Vaccination North-Western Provinces 1866-1877 - 1866-1877
Year: 1866
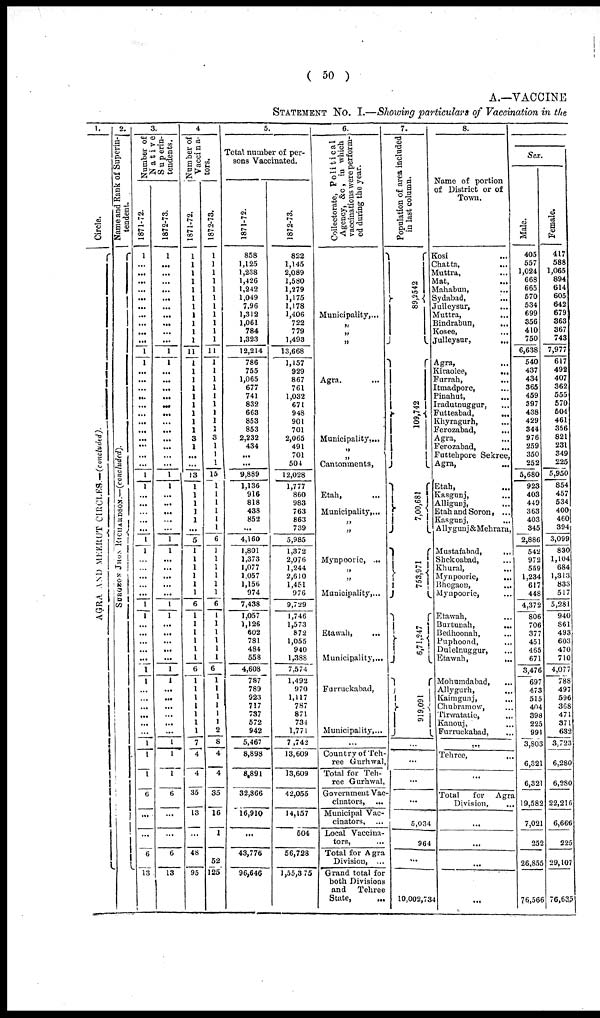
( 50 )
A.—VACCINE
STATEMENT No. I.—Showing particulars of Vaccination in the
1.
Circle.
AGRA AND MEERUT CIRCLES.—(concluded).
2.
Name and Rank of Superin-
tendent.
SURGEON JHON RICHARDSON.—(concluded).
3.
Number of
Native
Superin¬
tendents.
1871-72.
1
...
...
...
...
...
...
...
...
...
...
1
1
...
...
...
...
...
...
...
...
...
...
...
...
1
1
...
...
...
...
1
1
...
...
...
...
1
1
...
...
...
...
...
1
1
...
...
...
...
...
...
1
1
1
6
...
...
6
13
1872-73.
1
...
...
...
...
...
... ...
...
...
...
1
1
...
...
...
...
...
...
...
...
...
...
...
1
1
...
...
...
...
...
1
1
...
...
...
...
...
1
1
...
...
...
...
...
1
1
...
...
...
...
...
...
1
1
1
6
...
...
6
13
4.
Number of
Vaccina¬
tors.
1871-72.
1
1
1
1
1
1
1
1
1
1
1
11
1
1
1
1
1
1
1
1
1
3
1
...
...
13
1
1
1
1
1
...
5
1
1
1
1
1
1
6
1
1
1
1
1
1
6
1
1
1
1
1
1
1
7
4
4
35
13
...
48
95
1872-73.
1
1
1
1
1
1
1
1
1
1
1
11
1
1
1
1
1
1
1
1
1
3
1
1
1
15
1
1
1
1
1
1
6
1
1
1
1
1
1
6
1
1
1
1
1
1
6
1
1
1
1
1
1
2
8
4
4
35
16
1
52
125
5.
Total number of per-
sons Vaccinated.
1871-72.
858
1,125
1,238
1,426
1,242
1,049
796
1,312
1,061
784
1,323
12,214
786
755
1,065
677
741
832
663
853
853
2,232
434
...
...
9,889
1,136
916
818
438
852
...
4,160
1,801
1,373
1,077
1,057
1,156
974
7,438
1,057
1,126
602
781
484
558
4,608
787
789
923
717
737
572
942
5,467
8,898
8,891
32,866
16,910
...
43,776
96,646
1872-73.
822
1,145
2,089
1,580
1,279
1,175
1,178
1,406
722
779
1,493
13,668
1,157
929
867
761
1,032
671
948
901
701
2,065
491
701
504
12,028
1,777
860
983
763
863
739
5,985
1,372
2,076
1,244
2,610
1,451
976
9,729
1,746
1,573
872
1,055
940
1,388
7,574
1,492
970
1,117
787
871
734
1,771
7,742
13,609
13,609
42,055
14,157
504
56,728
1,55,375
6.
Collectorate, Political
Agency, &c, in which
vaccinations were perform-
ed during the year.
Municipality, ...
„
„
„
...
Agra, ...
Municipality, ...
„
„
Cantonments,
...
Etah, ...
Municipality, ...
„
„
...
Mynpoorie, ...
„
„
Municipality, ...
Etawah,
...
Municipality, ...
...
Furruckabad,
Municipality, ...
...
Country of Teh¬
ree Gurhwal,
Total for Teh¬
ree Gurhwal,
Government Vac¬
cinators, ...
Municipal Vac¬
cinators, ...
Local Vaccina¬
tors, ...
Total for Agra
Division, ...
Grand total for
both Divisions
and
Tehree
State,
...
7.
Population of area included
in last column.
89,2542
...
109,742
...
7,00,681
...
753,971
...
6,71,247
...
919,091
...
...
...
...
5,034
964
...
10,002,734
8.
Name of portion
of District or of
Town.
Kosi ...
chatta,
...
Muttra, ...
Mat, ...
Mahabun, ...
Sydabad,
...
Julleysur, ...
Muttra, ...
Bindrabun, ...
Kosee, ...
Julleysur, ...
...
Agra, ...
Kiraolee,
...
Furrah, ...
Itmadpore, ...
Pinahut,
...
Iradutnuggur, ...
Futteabad,
...
Khyragurh, ...
Ferozabad, ...
Agra, ...
Ferozabad, ...
Futtehpore Sekree,
Agra, ...
...
Etah, ...
Kasgunj, ...
Alligunj, ...
Etah and Soron, ...
Kasgunj, ...
Allygunj&Mehrara,
...
Mustafabad,
...
Shekoabad, ...
Khural, ...
Mynpoorie,
...
Bhogaon,
...
Mynpoorie, ...
...
Etawah, ...
Burtunah, ...
Bedhoonah, ...
Puphoond, ...
Dulelnuggur, ...
Etawah,
...
...
Mohumdabad, ...
Allygurh, ...
Kaimgunj, ...
Chubramow, ...
Tirwatatic, ...
Kanouj, ...
Furruckabad, ...
...
Tehree,
...
...
Total
for Agra
Division, ...
...
...
...
...
Sex.
Male.
405
557
1,024
668
665
570
534
699
356
410
750
6,638
540
437
434
365
459
397
438
429
344
976
259
350
252
5,680
923
403
449
363
403
345
2,886
542
972
559
1,234
617
448
4,372
806
706
377
451
465
671
3,476
697
473
515
404
398
225
991
3,803
6,321
6,321
19,582
7,021
252
26,855
76,566
Female.
417
588
1,065
894
614
605
642
679
363
367
743
7,977
617
492
407
362
555
570
504
461
356
821
231
349
225
5,950
854
457
534
400
460
394
3,099
830
1,104
684
1,313
833
517
5,281
940
861
493
603
470
710
4,077
788
497
596
368
471
371
632
3,723
6,280
6,280
22,216
6,666
225
29,107
76,635